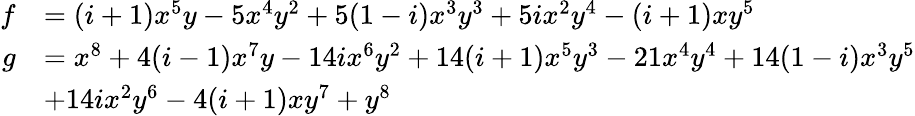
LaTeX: \begin{array}{rl}{f}&{=(i+1)x^{5}y-5x^{4}y^{2}+5(1-i)x^{3}y^{3}+5ix^{2}y^{4}-(i+1)xy^{5}}\\ {g}&{=x^{8}+4(i-1)x^{7}y-14ix^{6}y^{2}+14(i+1)x^{5}y^{3}-21x^{4}y^{4}+14(1-i)x^{3}y^{5}}\\ &{+14ix^{2}y^{6}-4(i+1)xy^{7}+y^{8}}\end{array}